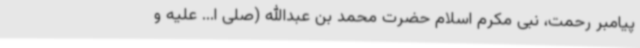
پیامبر رحمت، نبی مکرم اسلام حضرت محمد بن عبدالله (صلی ا... علیه و